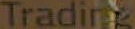
Trading